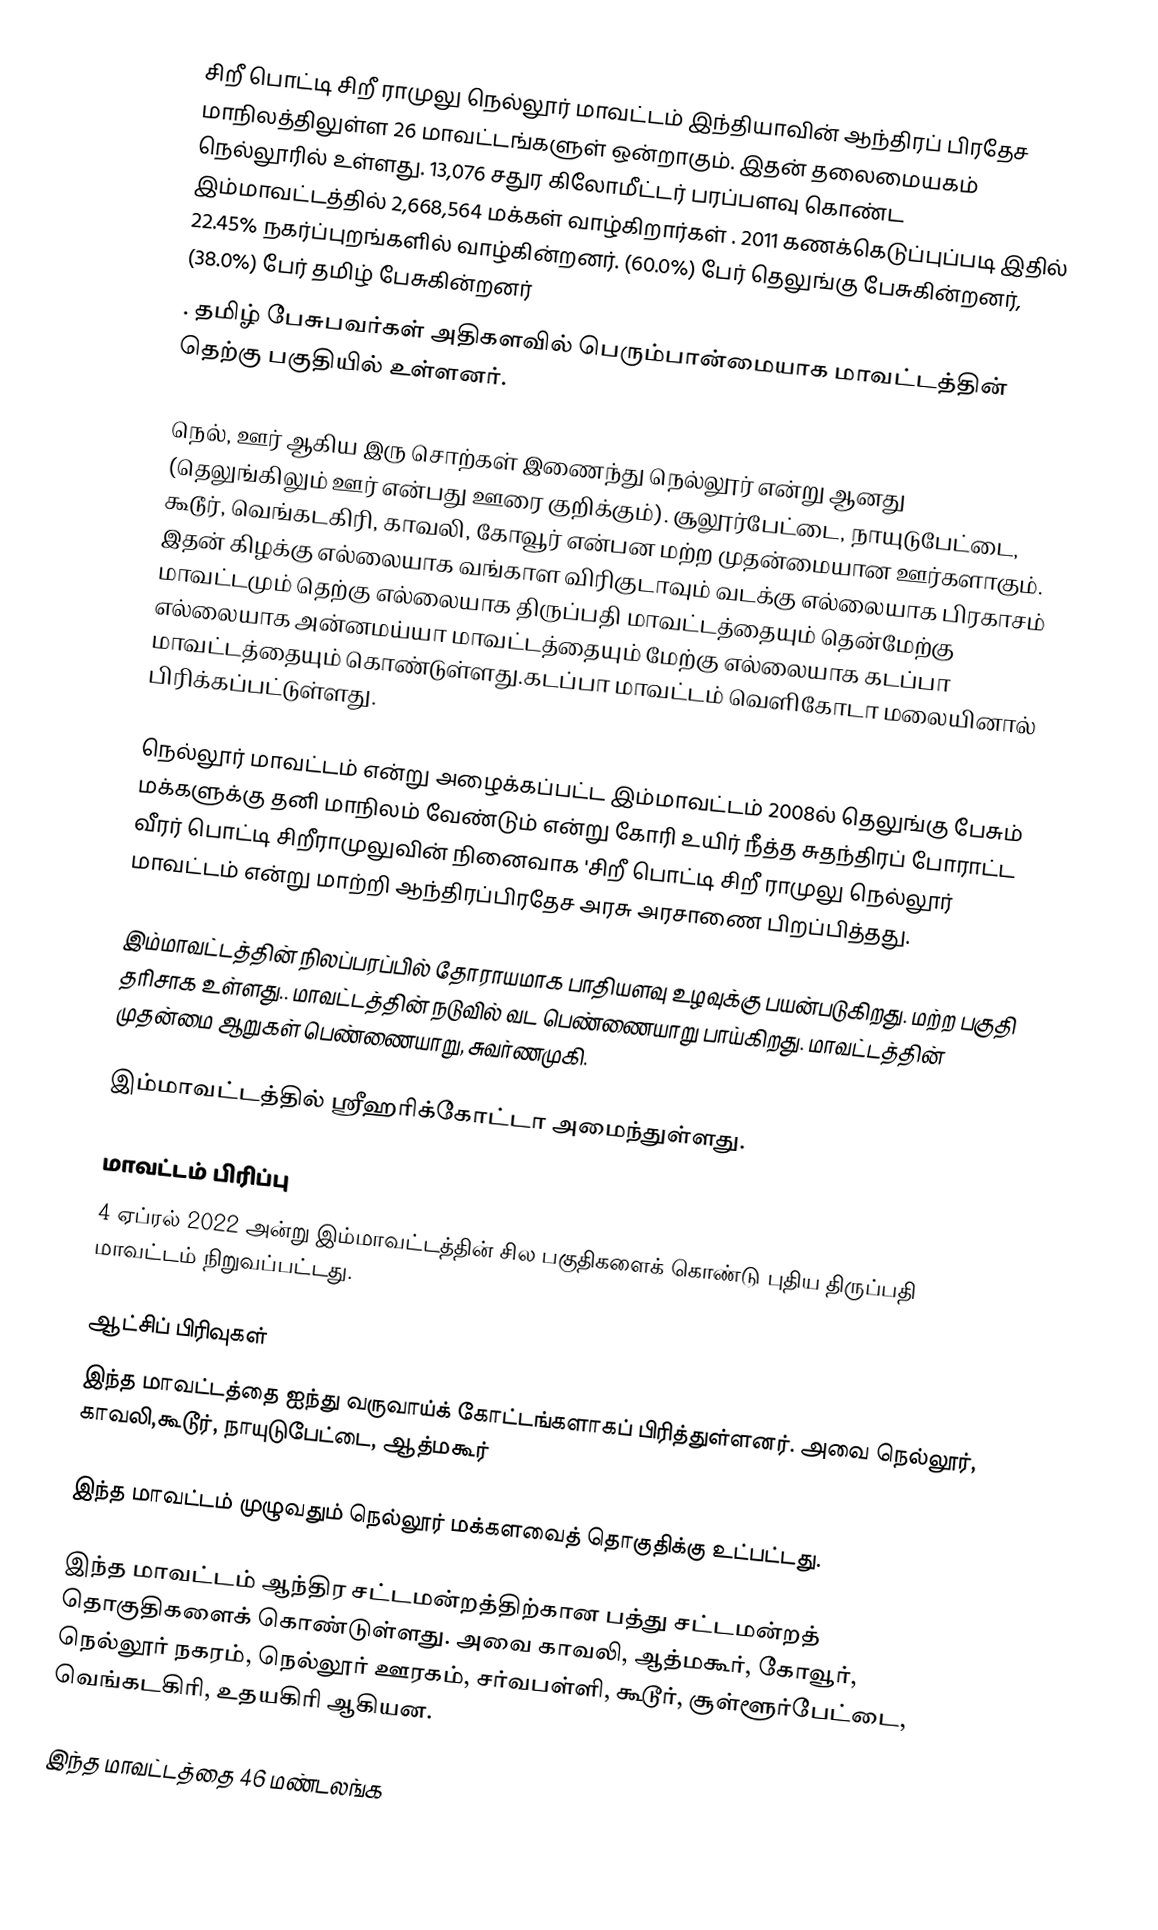
சிறீ பொட்டி சிறீ ராமுலு நெல்லூர் மாவட்டம் இந்தியாவின் ஆந்திரப் பிரதேச மாநிலத்திலுள்ள 26 மாவட்டங்களுள் ஒன்றாகும். இதன் தலைமையகம் நெல்லூரில் உள்ளது. 13,076 சதுர கிலோமீட்டர் பரப்பளவு கொண்ட இம்மாவட்டத்தில்  2,668,564 மக்கள் வாழ்கிறார்கள்  . 2011 கணக்கெடுப்புப்படி இதில் 22.45% நகர்ப்புறங்களில் வாழ்கின்றனர்.  (60.0%) பேர் தெலுங்கு பேசுகின்றனர், (38.0%) பேர் தமிழ் பேசுகின்றனர்
. தமிழ் பேசுபவர்கள் அதிகளவில் பெரும்பான்மையாக மாவட்டத்தின் தெற்கு பகுதியில் உள்ளனர்.

நெல், ஊர் ஆகிய இரு சொற்கள் இணைந்து நெல்லூர் என்று ஆனது (தெலுங்கிலும் ஊர் என்பது ஊரை குறிக்கும்). சூலூர்பேட்டை, நாயுடுபேட்டை, கூடூர், வெங்கடகிரி, காவலி, கோவூர் என்பன மற்ற முதன்மையான ஊர்களாகும். இதன் கிழக்கு எல்லையாக வங்காள விரிகுடாவும் வடக்கு எல்லையாக  பிரகாசம் மாவட்டமும்  தெற்கு எல்லையாக திருப்பதி மாவட்டத்தையும் தென்மேற்கு எல்லையாக அன்னமய்யா மாவட்டத்தையும் மேற்கு எல்லையாக கடப்பா மாவட்டத்தையும்  கொண்டுள்ளது.கடப்பா மாவட்டம் வெளிகோடா மலையினால் பிரிக்கப்பட்டுள்ளது.

நெல்லூர் மாவட்டம் என்று அழைக்கப்பட்ட இம்மாவட்டம் 2008ல் தெலுங்கு பேசும் மக்களுக்கு தனி மாநிலம் வேண்டும் என்று கோரி உயிர் நீத்த சுதந்திரப் போராட்ட வீரர் பொட்டி சிறீராமுலுவின் நினைவாக 'சிறீ பொட்டி சிறீ ராமுலு நெல்லூர் மாவட்டம் என்று மாற்றி ஆந்திரப்பிரதேச அரசு அரசாணை பிறப்பித்தது.

இம்மாவட்டத்தின் நிலப்பரப்பில் தோராயமாக பாதியளவு உழவுக்கு பயன்படுகிறது. மற்ற பகுதி தரிசாக  உள்ளது.. மாவட்டத்தின் நடுவில் வட பெண்ணையாறு பாய்கிறது. மாவட்டத்தின் முதன்மை ஆறுகள் பெண்ணையாறு, சுவர்ணமுகி.

இம்மாவட்டத்தில் ஸ்ரீஹரிக்கோட்டா அமைந்துள்ளது.

மாவட்டம் பிரிப்பு
4 ஏப்ரல் 2022 அன்று இம்மாவட்டத்தின் சில பகுதிகளைக் கொண்டு புதிய திருப்பதி மாவட்டம் நிறுவப்பட்டது.

ஆட்சிப் பிரிவுகள்
இந்த மாவட்டத்தை ஐந்து வருவாய்க் கோட்டங்களாகப் பிரித்துள்ளனர். அவை நெல்லூர், காவலி,கூடூர், நாயுடுபேட்டை, ஆத்மகூர்

இந்த மாவட்டம் முழுவதும் நெல்லூர் மக்களவைத் தொகுதிக்கு உட்பட்டது.

இந்த மாவட்டம் ஆந்திர சட்டமன்றத்திற்கான பத்து சட்டமன்றத் தொகுதிகளைக் கொண்டுள்ளது.  அவை காவலி, ஆத்மகூர், கோவூர், நெல்லூர் நகரம், நெல்லூர் ஊரகம், சர்வபள்ளி, கூடூர், சூள்ளூர்பேட்டை, வெங்கடகிரி, உதயகிரி ஆகியன.

இந்த மாவட்டத்தை 46 மண்டலங்க